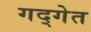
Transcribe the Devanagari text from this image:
गद्गेत